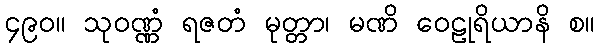
၄၉၀။ သုဝဏ္ဏံ ရဇတံ မုတ္တာ၊ မဏိ ဝေဠုရိယာနိ စ။